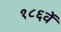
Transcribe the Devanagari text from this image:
१८६वें